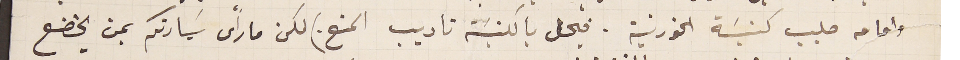
وامامه صليب كنيسَة الخورنية. فيحل بالكنيسَة تاديب المنع.) لكن ما رأى سَيادتكم بمن يخضع